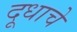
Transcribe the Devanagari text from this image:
दूधाचे